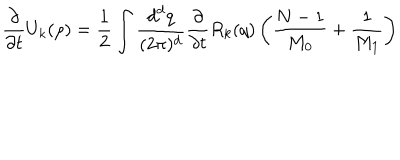
LaTeX: \frac { \partial } { \partial { t } } { U } _ { k } ( \rho ) = \frac { 1 } { 2 } \int \frac { { d } ^ { d } { q } } { ( 2 \pi ) ^ { d } } \frac { \partial } { \partial { t } } { R } _ { k } ( { q } ) \left( \frac { { N } - 1 } { { M } _ { 0 } } + \frac { 1 } { { M } _ { 1 } } \right)